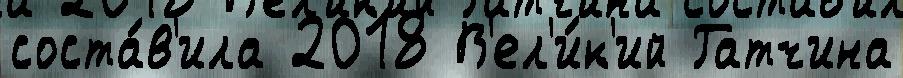
соста́в'ила 2018 В'ел'и́к'ий Гатчина